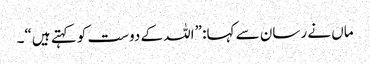
ماں نے رسان سے کہا: ”اللہ کے دوست کو کہتے ہیں“۔